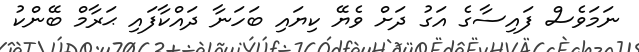
ނަމަވެސް ފައިސާގެ އަގު ދަށް ވެޔޭ ކިޔައި ބަހަނާ ދައްކާފައި ޙަރާމް ބޭންކު